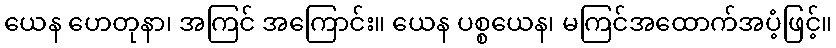
ယေန ဟေတုနာ၊ အကြင် အကြောင်း။ ယေန ပစ္စယေန၊ မကြင်အထောက်အပံ့ဖြင့်။